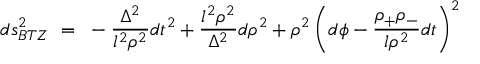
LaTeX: d s _ { B T Z } ^ { 2 } ~ = ~ - \frac { \Delta ^ { 2 } } { l ^ { 2 } \rho ^ { 2 } } d t ^ { 2 } + \frac { l ^ { 2 } \rho ^ { 2 } } { \Delta ^ { 2 } } d \rho ^ { 2 } + \rho ^ { 2 } \left( d \phi - \frac { \rho _ { + } \rho _ { - } } { l \rho ^ { 2 } } d t \right) ^ { 2 }